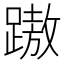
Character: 𨄨